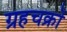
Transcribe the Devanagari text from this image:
ग्रहचक्रों